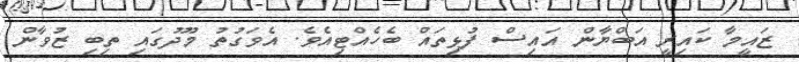
ޒައީމާ ކައިރީ އަބްޔާން އައިސް ފުޅިތައް ބެހެއްޓިއެވެ. އެވަގުތު މޫދުގައި ތިބި ޒުވާން